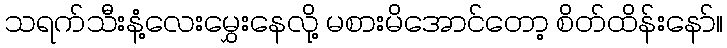
သရက်သီးနံ့လေးမွှေးနေလို့ မစားမိအောင်တော့ စိတ်ထိန်းနော်။